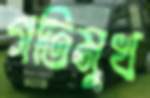
গতিমুখ